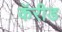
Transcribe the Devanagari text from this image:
कॅरीड